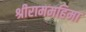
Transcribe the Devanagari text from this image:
श्रीराममहिमा